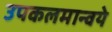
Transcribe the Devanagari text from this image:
उपकलमान्वये